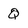
Character: Q